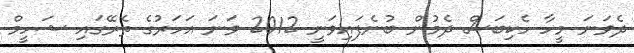
ދެވަނަ މީހާ ހެކިބަސް ދެމުން ބުނެފައިވަނީ 2012 ވަނަ އަހަރުގެ ތެރޭގައި ޝަހީމް